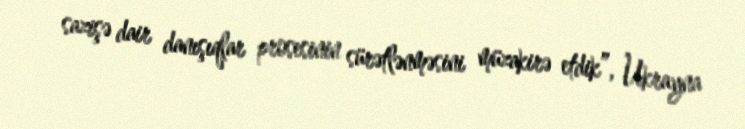
sazişə dair danışıqlar prosesinin sürətlənməsini müzakirə etdik”, Ukrayna